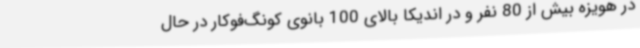
در هویزه بیش از 80 نفر و در اندیکا بالای 100 بانوی کونگ‌فوکار در حال